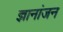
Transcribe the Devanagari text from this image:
ज्ञानांजन